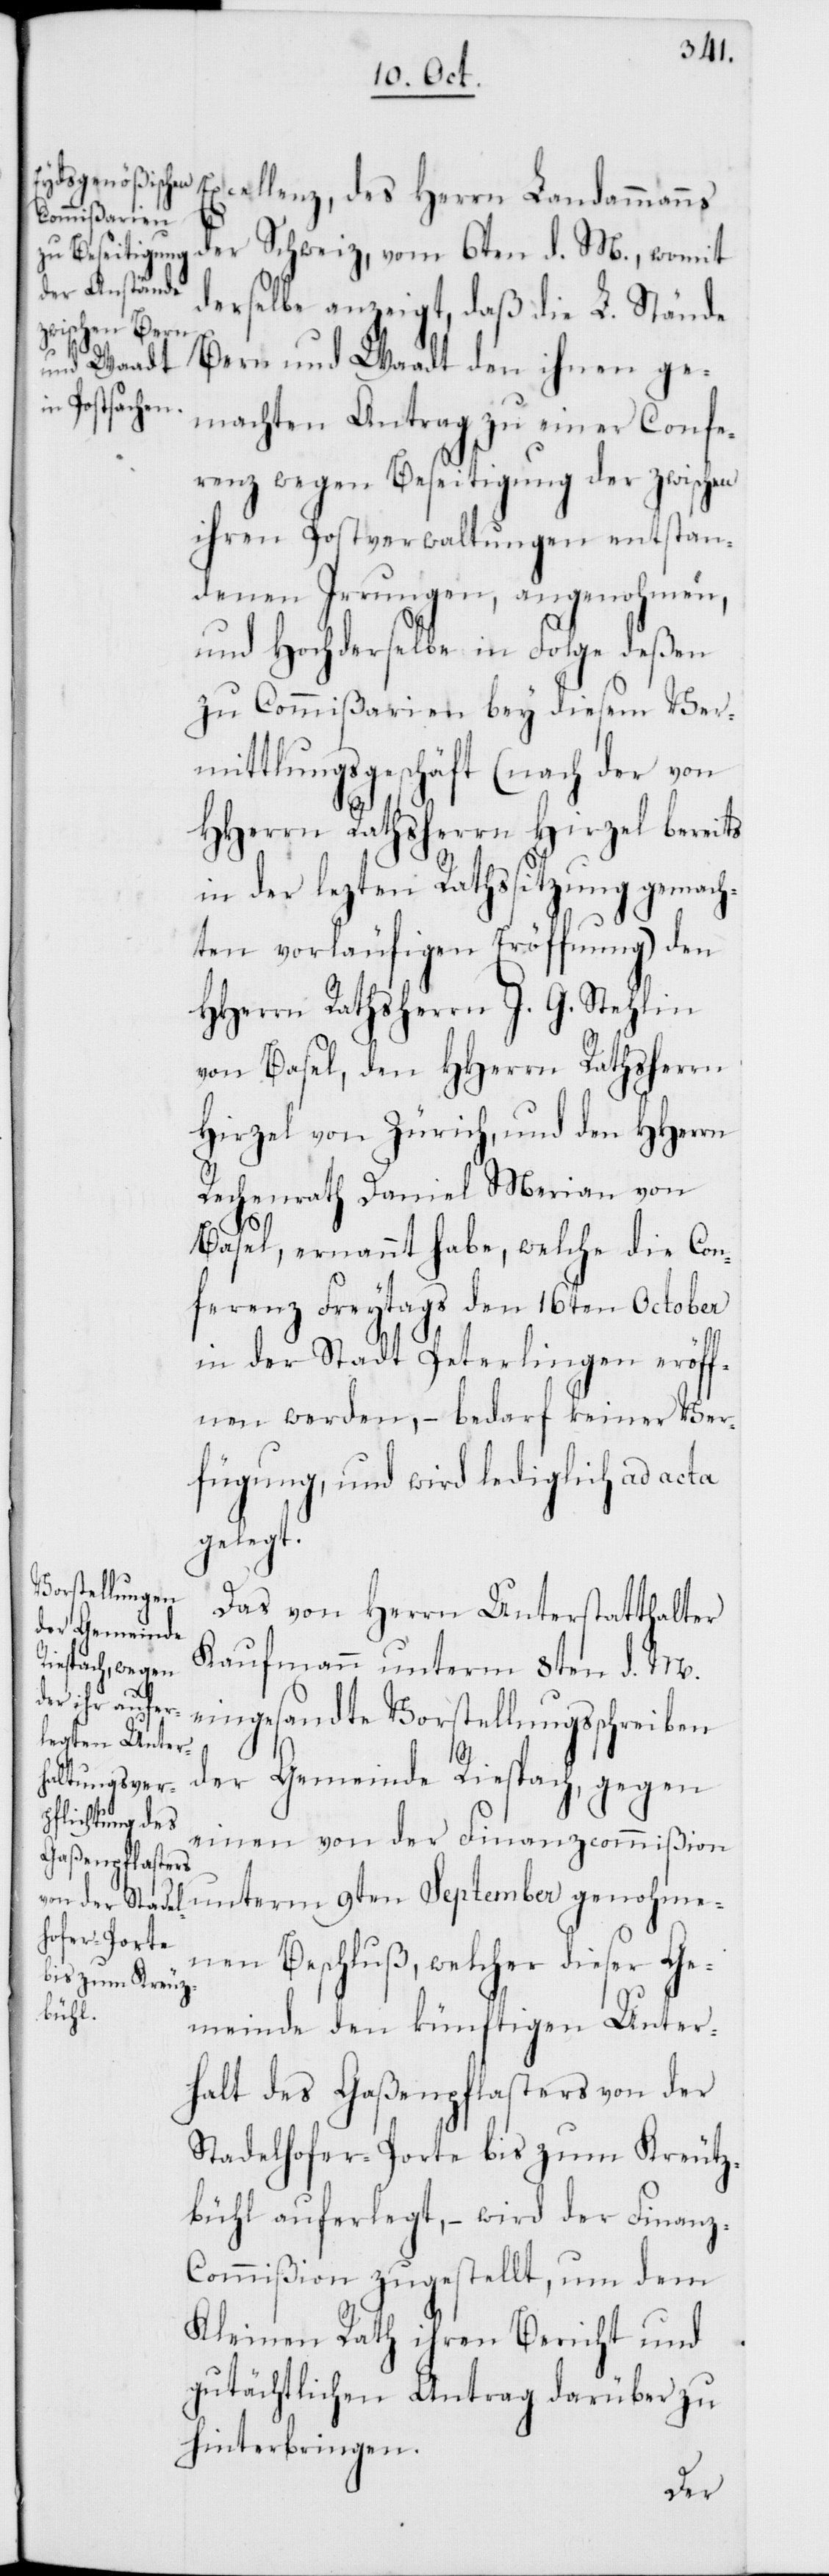
der Schweiz, vom 6ten d. M., womit
derselbe anzeigt, daß die L. Stände
Bern und Waadt den ihnen ge¬
machten Antrag zu einer Confe¬
renz wegen Beseitigung der zwischen
ihren Postverwaltungen entstan¬
denen Irrungen, angenohmen,
und Hochderselbe in Folge deßen
zu Commißarien bey diesem Ver¬
mittlungsgeschäft (nach der von
HHerrn Rathsherrn Hirzel bereits
in der lezten Rathssitzung gemach¬
ten vorläufigen Eröffnung) den
HHerrn Rathsherrn J. G. Stehlin
von Basel, den HHerrn Rathsherrn
Hirzel von Zürich, und den HHerrn
Rechenrath Daniel Merian von
Basel, ernannt habe, welche die Con¬
ferenz Freytag den 16ten October
in der Stadt Peterlingen eröff¬
nen werden, – bedarf keiner Ver¬
fügung, und wird lediglich ad acta
gelegt.
Das von Herrn Unterstatthalter
Kaufmann unterm 8ten d. M.
des Herrn
eingesandte Vorstellungsschreiben
der Gemeinde Riespach, gegen
einen von der Finanzcommißion
unterm 9ten September genohme¬
nen Beschluß, welcher dieser Ge¬
bühl
meinde den künftigen Unter¬
halt des Gaßenpflasters von der
Stadelhofer-Porte bis zum Kreutz¬
[sic!] auferlegt, – wird der Finan¬
z-Commißion zugestellt, um dem
Kleinen Rath ihren Bericht und
gutächtlichen Antrag darüber zu
hinterbringen.